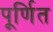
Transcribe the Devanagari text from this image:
पूर्णित